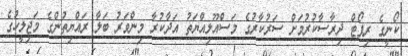
ކޯނީގެ ރިޕޯޓް ދިރާސާކުރުމަށް ސަރުކާރުގެ މަސްއޫލިއްޔަތު އަދާކުރާ މިންވަރު ބަލާ ރައްޔިތުންގެ މަޖިލީހުގެ